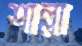
শাল্লা